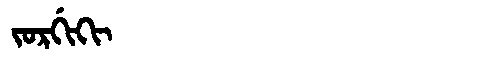
Manchu: ᠵᠣᡵᡤᡳᡴᡳ
Romanization: JORGIKI